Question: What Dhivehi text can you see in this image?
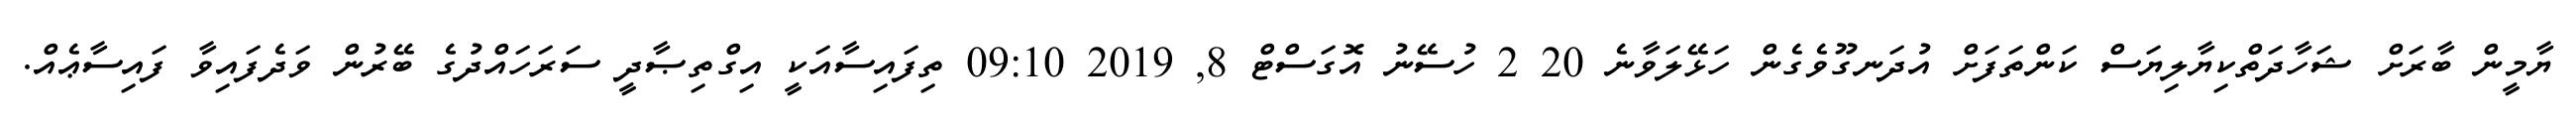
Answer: ޔާމީން ބާރަށް ޝަހާދަތްކިޔާލިޔަސް ކަންތަފަށް އުދަނގޫވެގެން ހަޅޭލަވާނެ 20 2 ހުސޭނު އޮގަސްޓް 8, 2019 09:10 ތިފައިސާއަކީ އިގްތިޞާދީ ސަރަހައްދުގެ ބޭރުން ވަދެފައިވާ ފައިސާޢެއް.